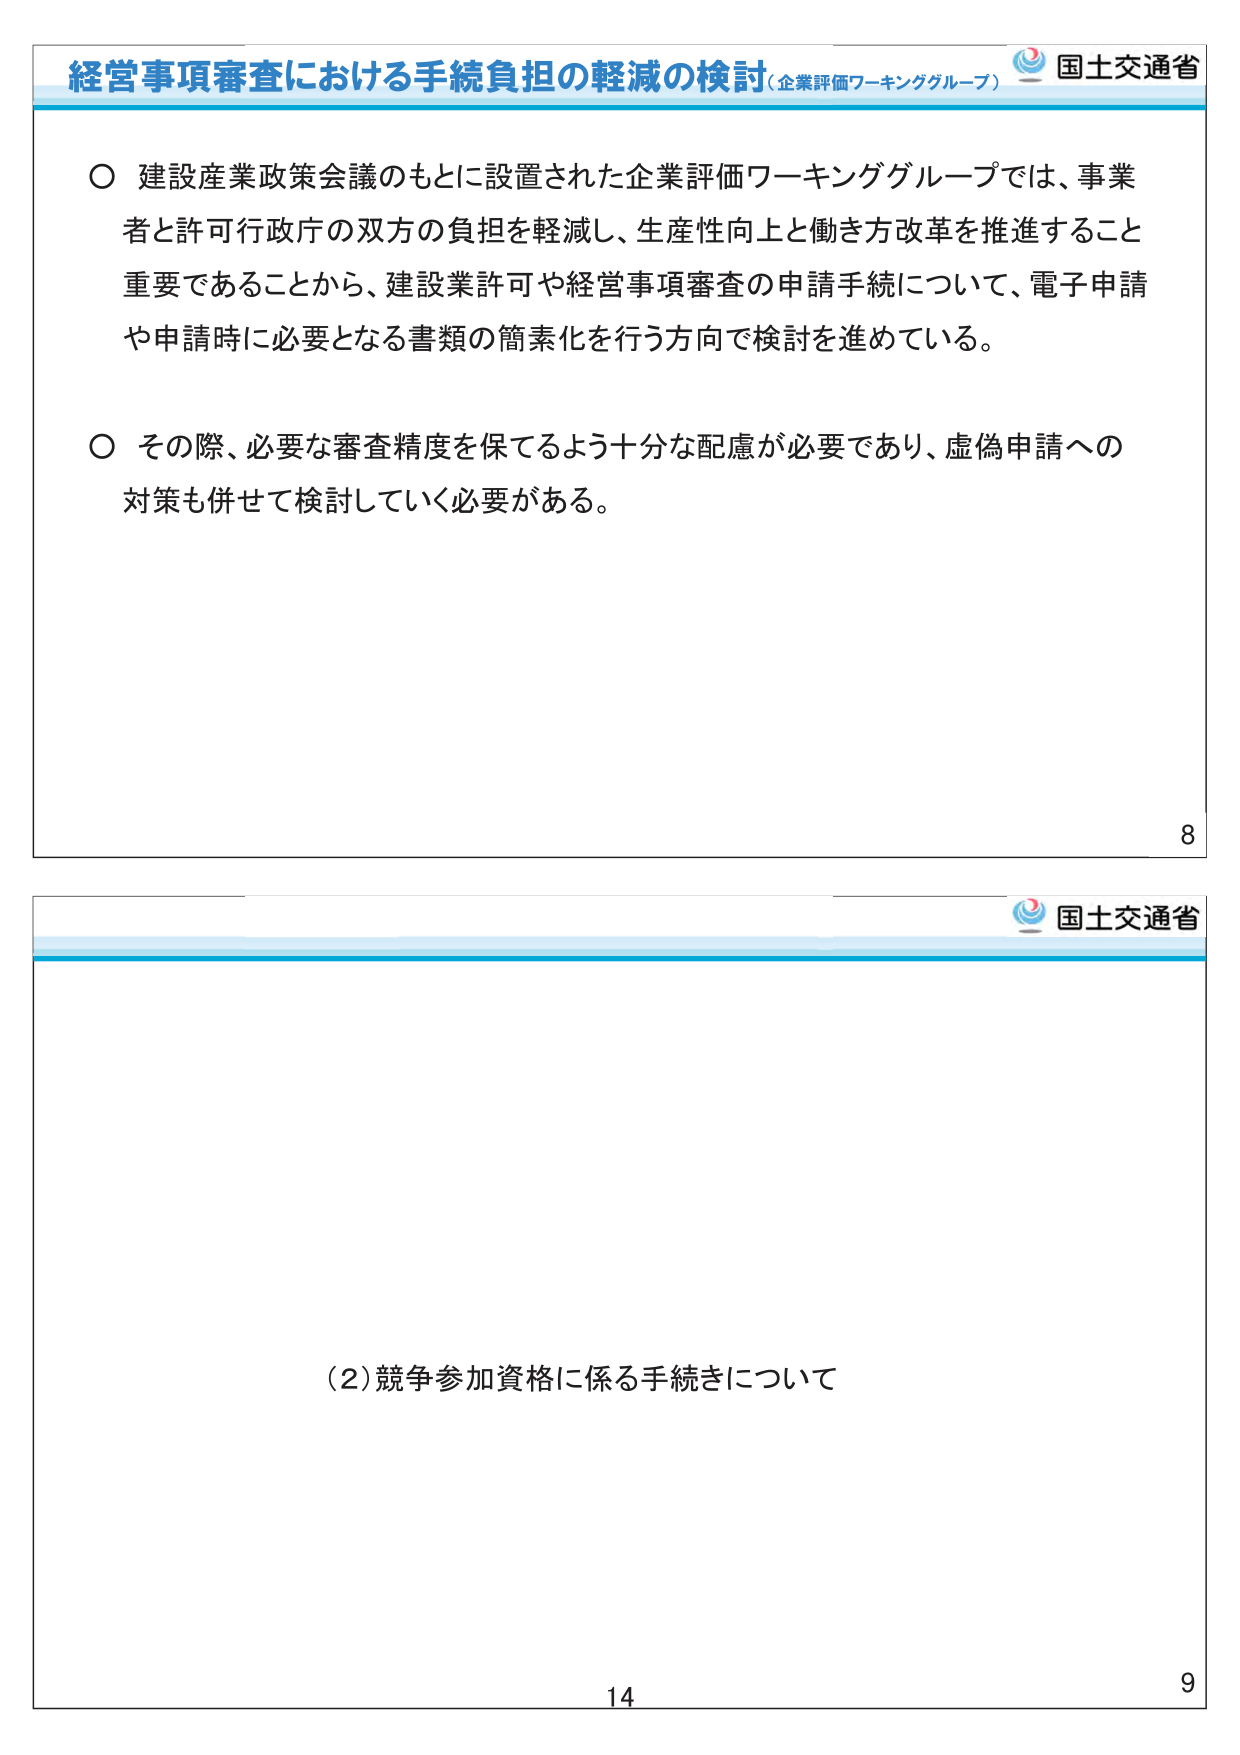
経営事項審査における手続負担の軽減の検討（企業評価ワーキンググループ） 国土交通省

○ 建設産業政策会議のもとに設置された企業評価ワーキンググループでは、事業者と許可行政庁の双方の負担を軽減し、生産性向上と働き方改革を推進すること重要であることから、建設業許可や経営事項審査の申請手続について、電子申請や申請時に必要となる書類の簡素化を行う方向で検討を進めている。

○ その際、必要な審査精度を保てるよう十分な配慮が必要であり、虚偽申請への対策も併せて検討していく必要がある。

8

国土交通省

（2）競争参加資格に係る手続きについて

14 9